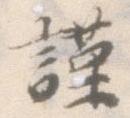
謹